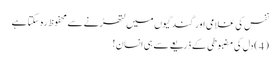
نفس کی غلامی اور گندگیوں میں لتھڑنے سے محفوظ رہ سکتا ہے
( 4 ) دل کی مضبوطی کے ذریعے سے ہی انسان !